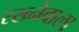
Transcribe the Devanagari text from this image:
रख्नेवाला